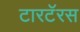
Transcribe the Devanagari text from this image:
टारटॅरस